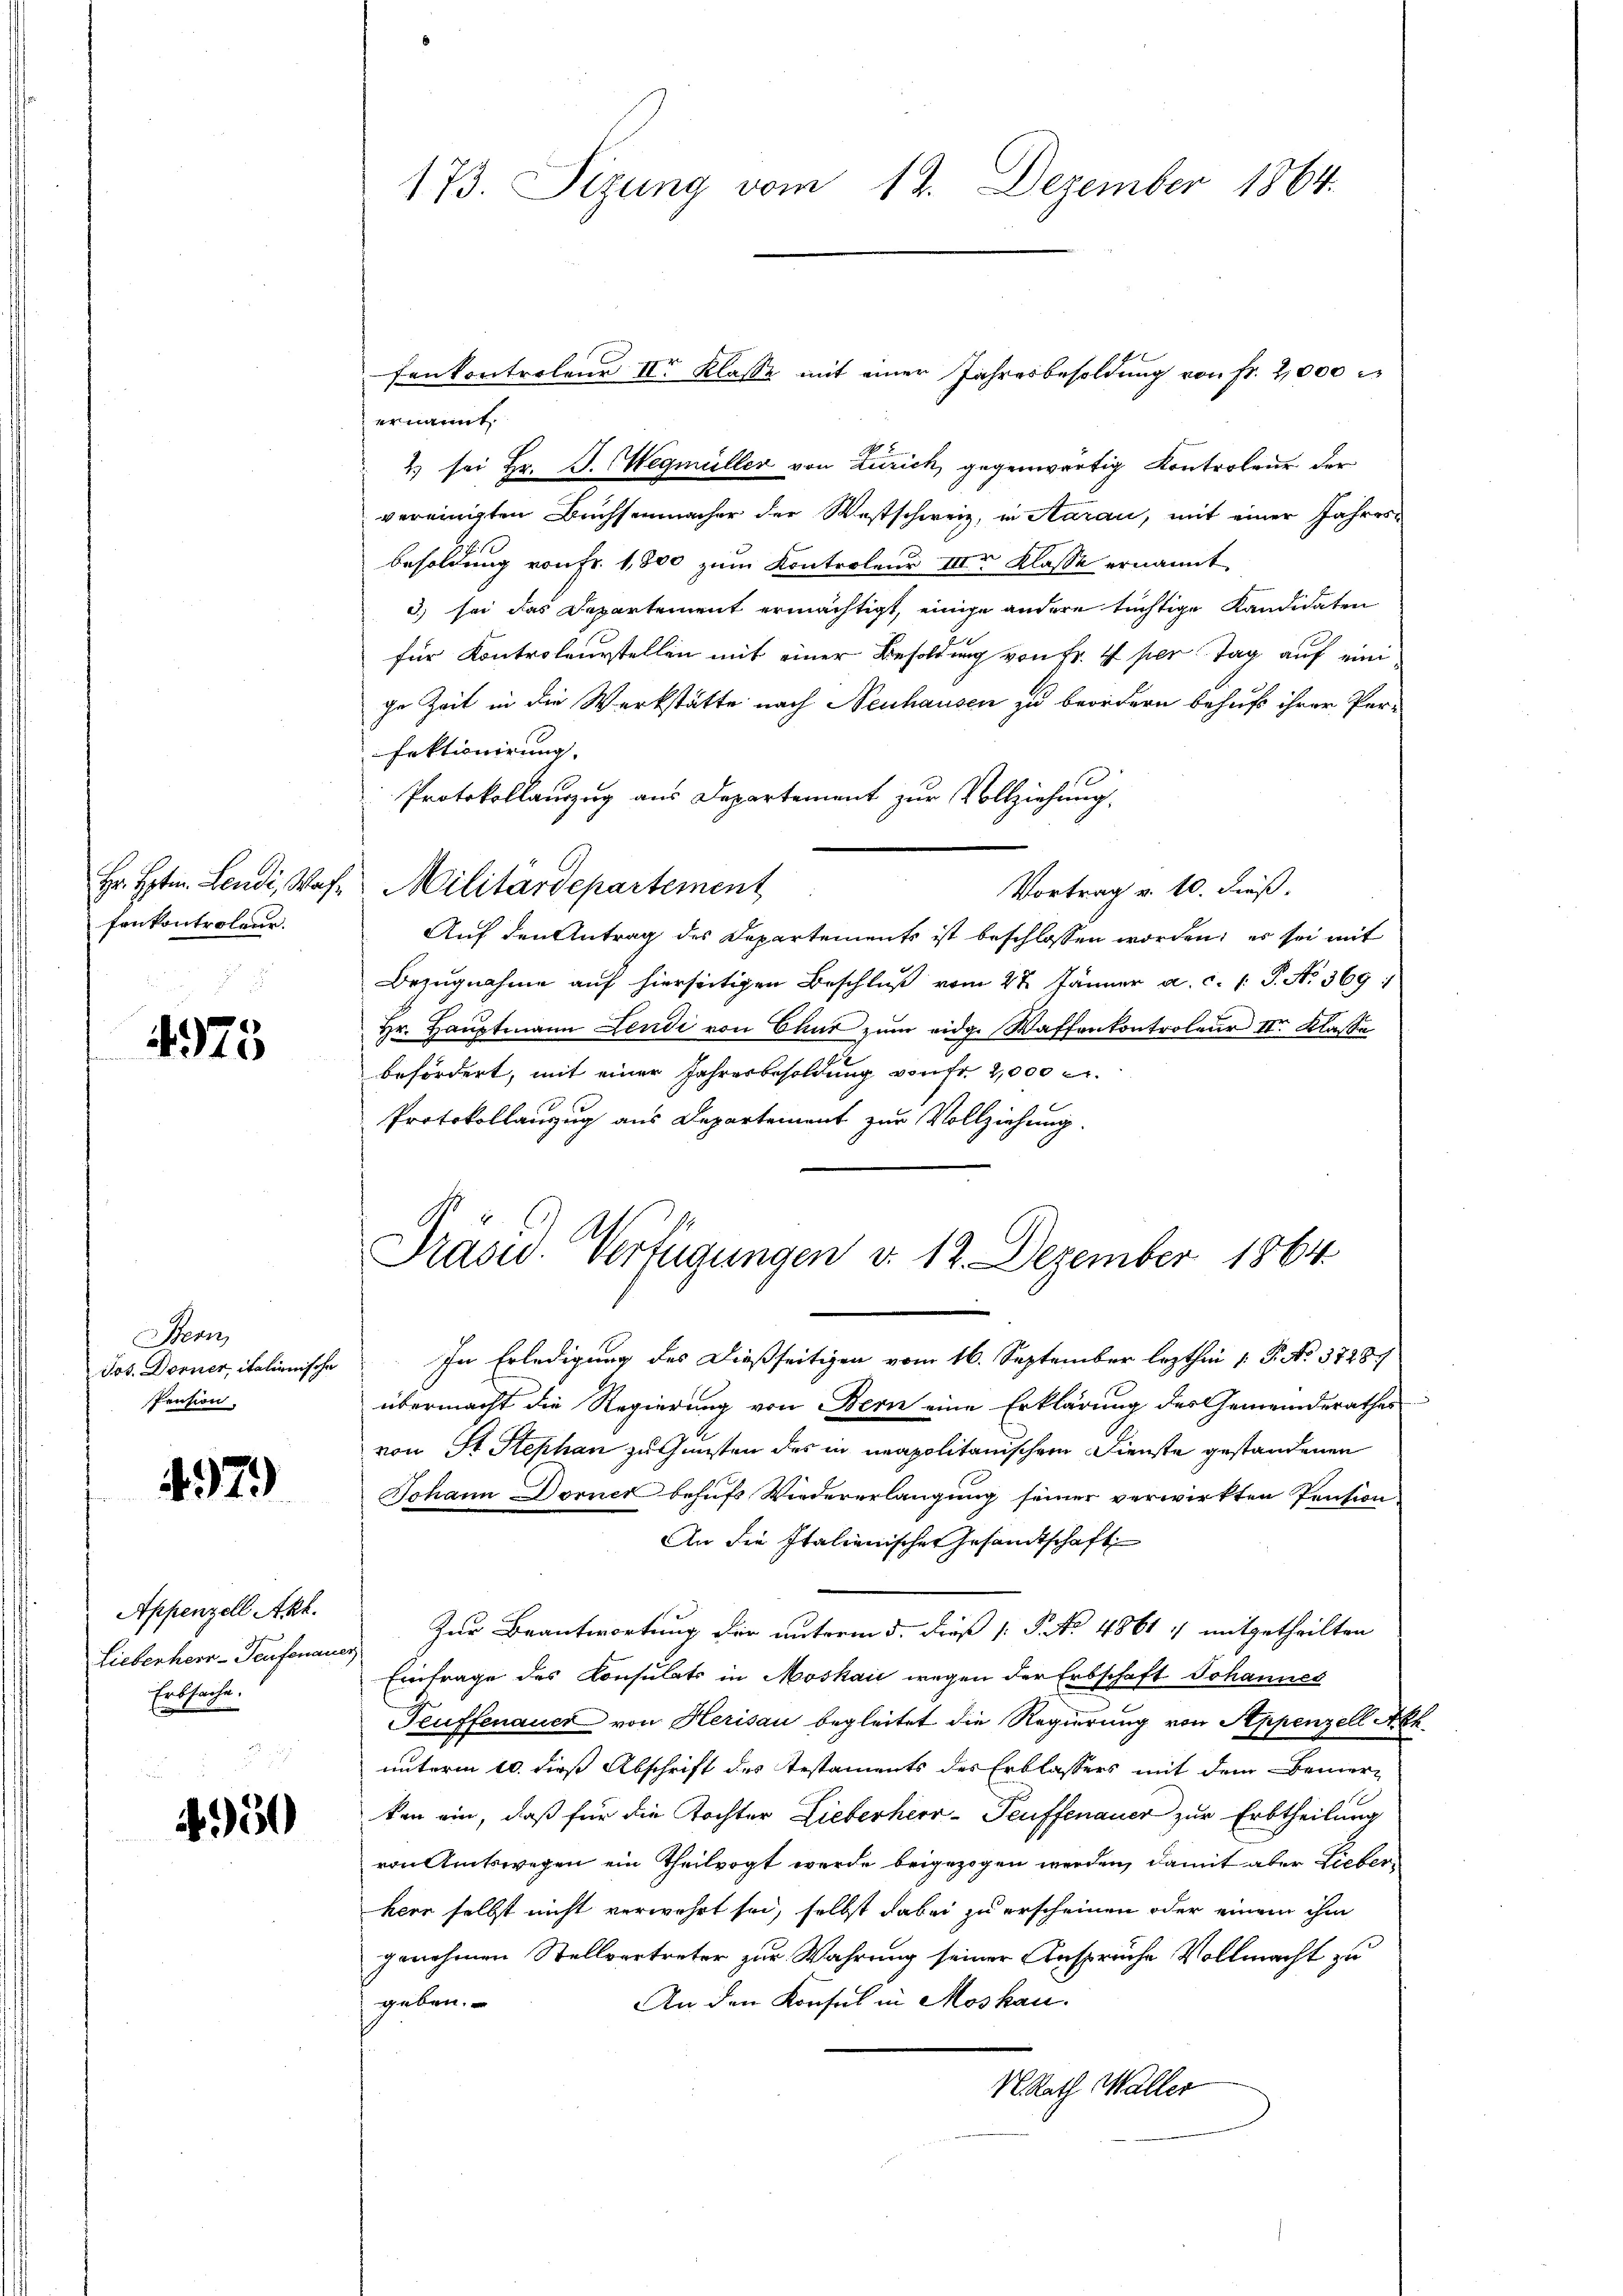
fenkontroleur.

4975

Bern
Jos. Dorner, italienische
Pension.

479)

Appenzell Akt.
Lieberherr-Teufenauer
Erbsache.

350

173. Sizung vom 12. Dezember 1864.

fenkontroleur II Klasse mit einer Jahresbesoldung von fr. 2,000 r
ernannt.
1 sei Hr. J. Wegmüller von Zürich, gegenwärtig Kontroleur der
vereinigten Buchsenmacher der Westschweiz, in Aarau, mit einer Jahresbesoldung von Fr. 1,800 zum Kontroleur III Klasse ernannt
3) sei das Departement ermächtigt, einige andere tüchtige Kandidaten
für Kontroleurstellen mit einer Besoldung von Fr. 1 per Tag auf einize Zeit in die Werkstätte nach Neuhausen zu beordern behuf ihrer Perfektionirung.
Protokollauszug aus Departement zur Vollziehung.
Vortrag v. 10. dieß,
Auf den Antrag des Departements ist beschlossen worden; es sei mit
Bezŭgnahme auf hierseitigen Beschlŭβ vom 27. Jänner a. c. 1. P. Nr. 369 :
Hr. Hauptmann Lendi von Chur zum eidg. Waffenkontroleur II. Klasse
befördert, mit einer Jahresbesoldung von Fr. 2,000 l.
Protokollanzug aus Departement zur Vollziehung.
Präsid. Verfügungen d. 12. Dezember 1864
In Erledigung des Dießseitigen vom 16. September lezthin 1 S. No. 37287
übermacht die Regierung von Bern eine Erklärung des Gemeinderathes
von St. Stephan zu Gunsten des in neapolitanischem Dienste gestandenen
Johann Dornet behufs Wiedererlangung seiner verwirkten Pension
An die Italienischer Gesandtschaft
Zur Beantwortung der unterm 5. Dieß P. No. 48617 mitgetheilten
Eintrage des Konsulats in Moskaić wegen der Erbschaft Johannes
Teuffenauer von Herisau begleitet die Regierung von Appenzell Abh.
unterm 10. dieß Abschrift des Testaments des Erblassers mit dem Bemer-
ken ein, daß für die Tochter Lieberherr-Teuffenauer zur Erbtheilung
von Amtswegen ein Theilvogt werde beigezogen werden, damit aber Lieberkeer selbst nicht verwahrt sei, selbst dabei zu erscheinen oder einem ihm
genohmen Stellvertreter zur Wahrung seiner Ansprüche Vollmacht zu
An den Konsul in Moskau
geben.
N. Rath Waller

Hr. Hptm. Lendi, Was Militärdepartement